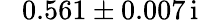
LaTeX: \hphantom{-}0.561\pm 0.007\, \mathrm{i}